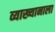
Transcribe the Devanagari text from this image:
व्याख्यानाला